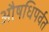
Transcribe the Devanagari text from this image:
औषधिपर्वत